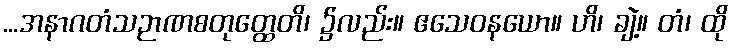
...အနာဂတံသဉာဏစတုတ္ထေတိ၊ ၌လည်း။ ဧသေဝနယော။ ဟိ၊ ချဲ့။ တံ၊ ထို